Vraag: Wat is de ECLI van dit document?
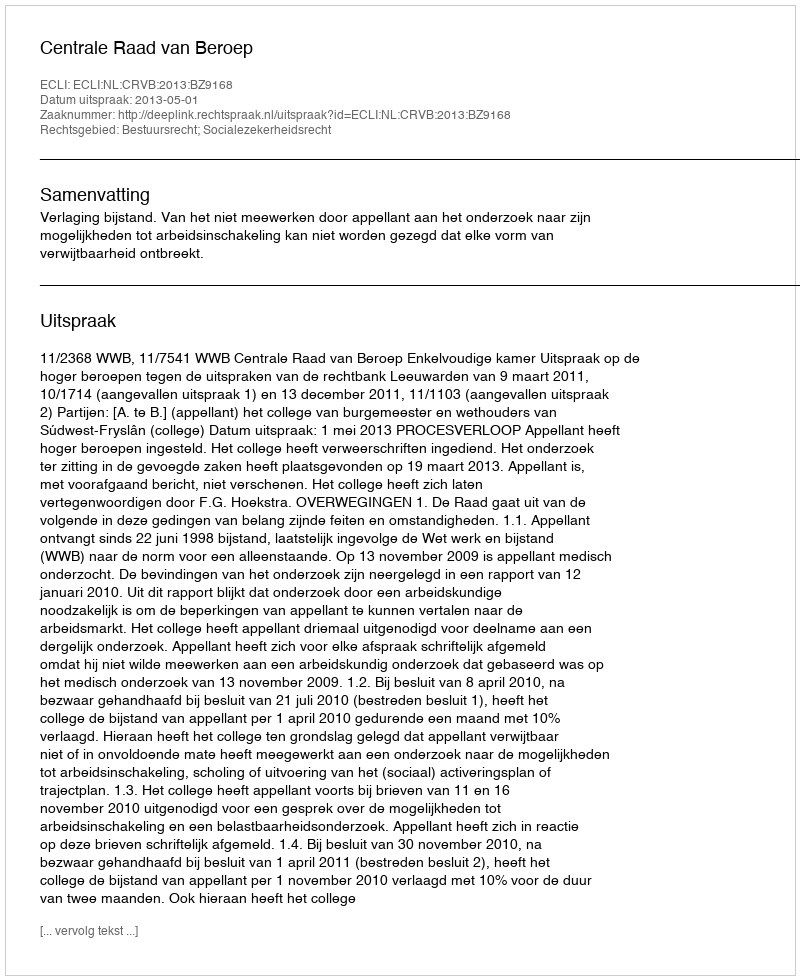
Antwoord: ECLI:NL:CRVB:2013:BZ9168